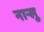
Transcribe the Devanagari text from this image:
नार्‍लु